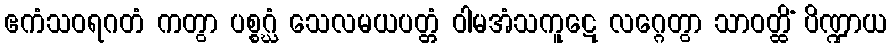
ဧကံသဝရဂတံ ကတွာ ပစ္စဂ္ဃံ သေလမယပတ္တံ ဝါမအံသကူဋေ လဂ္ဂေတွာ သာဝတ္ထိံ ပိဏ္ဍာယ